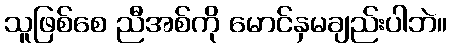
သူဖြစ်စေ ညီအစ်ကို မောင်နှမချည်းပါဘဲ။